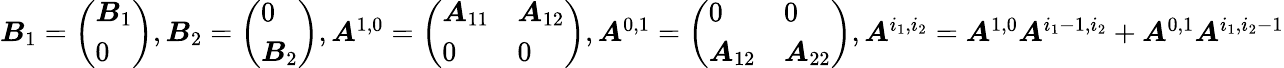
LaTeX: \begin{array}{r}{\boldsymbol{B}_{1}=\left(\begin{array}{l}{\boldsymbol{B}_{1}}\\ {0}\end{array}\right),\boldsymbol{B}_{2}=\left(\begin{array}{l}{0}\\ {\boldsymbol{B}_{2}}\end{array}\right),\boldsymbol{A}^{1,0}=\left(\begin{array}{ll}{\boldsymbol{A}_{11}}&{\boldsymbol{A}_{12}}\\ {0}&{0}\end{array}\right),\boldsymbol{A}^{0,1}=\left(\begin{array}{ll}{0}&{0}\\ {\boldsymbol{A}_{12}}&{\boldsymbol{A}_{22}}\end{array}\right),\boldsymbol{A}^{i_{1},i_{2}}=\boldsymbol{A}^{1,0}\boldsymbol{A}^{i_{1}-1,i_{2}}+\boldsymbol{A}^{0,1}\boldsymbol{A}^{i_{1},i_{2}-1}}\end{array}